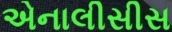
એનાલીસીસ